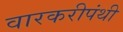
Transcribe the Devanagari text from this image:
वारकरीपंथी